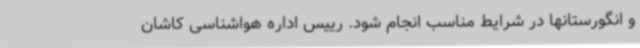
و انگورستانها در شرایط مناسب انجام شود. رییس اداره هواشناسی کاشان